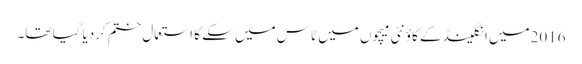
2016میں انگلینڈ کے کاؤنٹی میچوں میں ٹاس میں سکے کا استعمال ختم کردیا گیا تھا۔